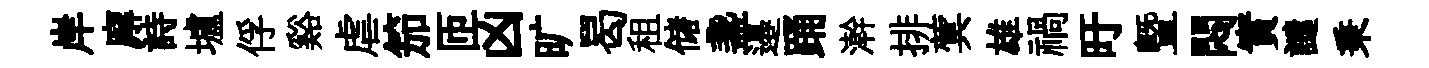
岸廨詩壚俘谿虐笳匝凶旷曷租储盞邉踊澣排蓂雄禍旴暨悶實譴秉